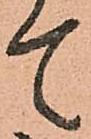
て